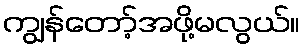
ကျွန်တော့်အဖို့မလွယ်။